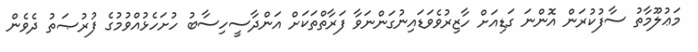
މަޢުލޫމާތު ސާފުކުރަން އޮންނަ ގަޑިއަށް ހާޒިރުވެވަޑައިނުގަންނަވާ ފަރާތްތަކަށް އަންދާސީހިސާބު ހުށަހެޅުއްވުމުގެ ފުރުޞަތު ދެވެން